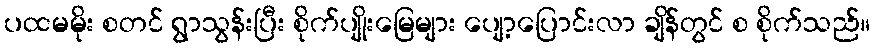
ပထမမိုး စတင် ရွာသွန်းပြီး စိုက်ပျိုးမြေများ ပျော့ပြောင်းလာ ချိန်တွင် စ စိုက်သည်။